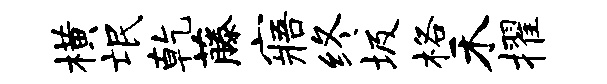
横氓乾藤寤终圾格禾擢